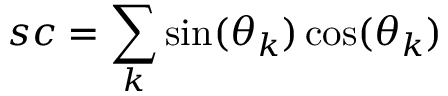
s c = \sum _ { k } \sin ( \theta _ { k } ) \cos ( \theta _ { k } )